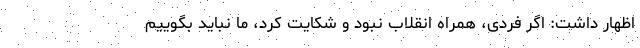
اظهار داشت: اگر فردی، همراه انقلاب نبود و شکایت کرد، ما نباید بگوییم